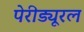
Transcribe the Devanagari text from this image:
पेरीड्यूरल